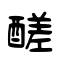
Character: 醝